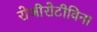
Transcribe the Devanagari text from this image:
रोजीरोटीविना